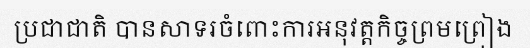
ប្រជាជាតិ បានសាទរចំពោះការអនុវត្តកិច្ចព្រមព្រៀង